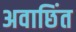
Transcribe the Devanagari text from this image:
अवाछिंत